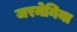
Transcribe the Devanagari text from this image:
जरमेनिया